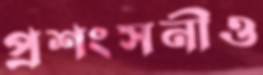
প্রশংসনীও